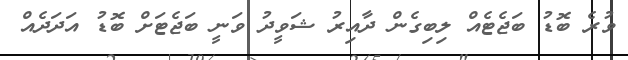
ވުރެ ބޮޑު ބަޖެޓެއް ލިބިގެން ދާއިރު ޝަވީދު ވަނީ ބަޖެޓަށް ބޮޑު އަދަދެއް